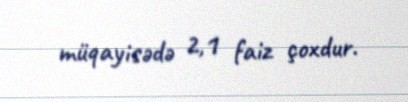
müqayisədə 2,1 faiz çoxdur.